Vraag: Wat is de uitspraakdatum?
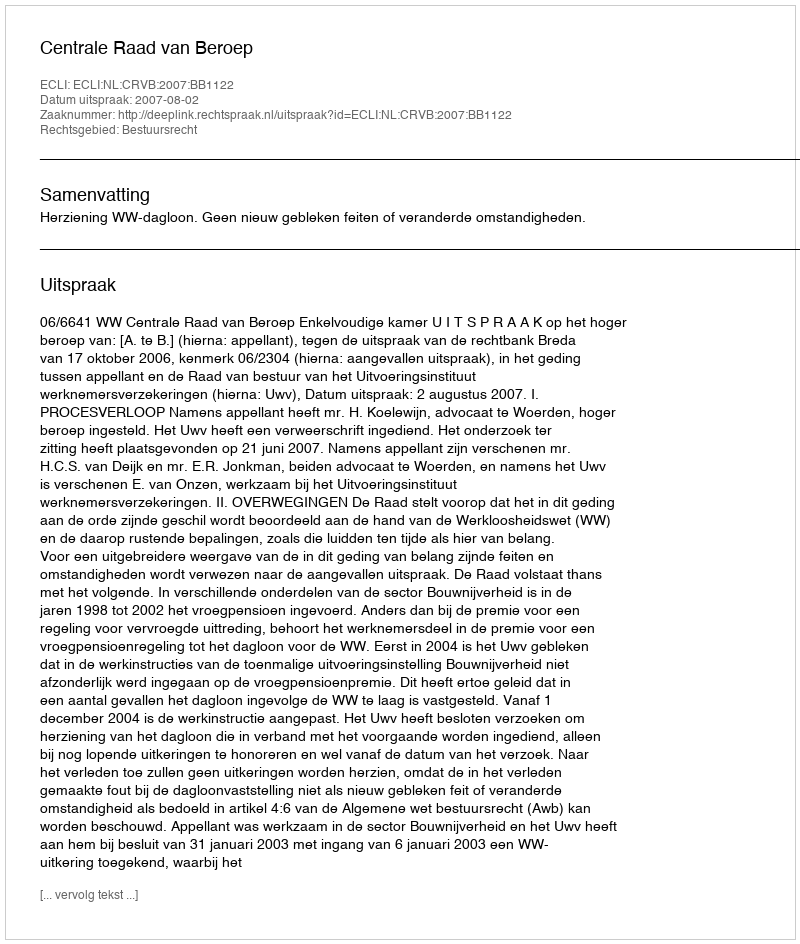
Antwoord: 2007-08-02